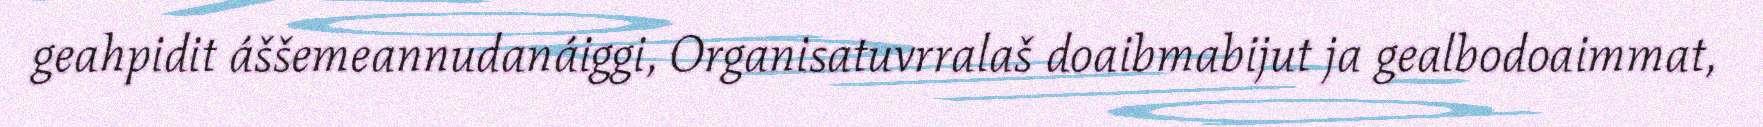
geahpidit áššemeannudanáiggi, Organisatuvrralaš doaibmabijut ja gealbodoaimmat,